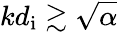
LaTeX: kd_{\mathrm{i}}\gtrsim\sqrt{\alpha}